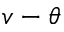
v - \theta